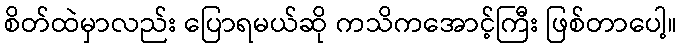
စိတ်ထဲမှာလည်း ပြောရမယ်ဆို ကသိကအောင့်ကြီး ဖြစ်တာပေါ့။